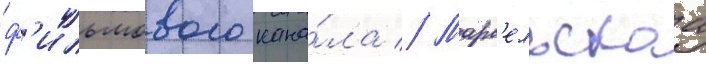
ф'ильмового кана́ла // Марс'ельскаа